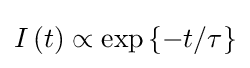
I\left(t\right)\propto \exp \left\{-t/\tau \right\}